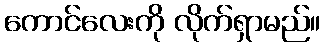
ကောင်လေးကို လိုက်ရှာမည်။